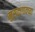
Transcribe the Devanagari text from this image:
मुसळगावच्या